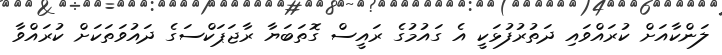
ލަންކާއަށް ކުރައްވައި ދަތުރުފުޅަކީ އެ ގައުމުގެ ރައީސް ގޮތަބަޔާ ރާޖަޕަކްސަގެ ދައުވަތަކަށް ކުރައްވާ